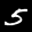
Label: 5